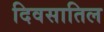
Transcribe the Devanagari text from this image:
दिवसातिल